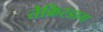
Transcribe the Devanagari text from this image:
तेकिरडाग